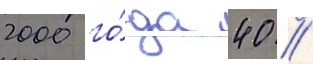
2000 го́да 40 //